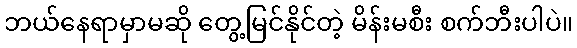
ဘယ်နေရာမှာမဆို တွေ့မြင်နိုင်တဲ့ မိန်းမစီး စက်ဘီးပါပဲ။